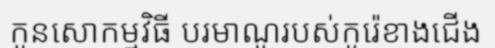
កូនសោកម្មវិធី បរមាណូរបស់កូរ៉េខាងជើង